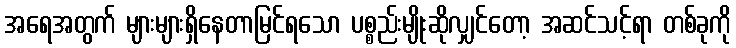
အရေအတွက် များများရှိနေတာမြင်ရသော ပစ္စည်းမျိုးဆိုလျှင်တော့ အဆင်သင့်ရာ တစ်ခုကို